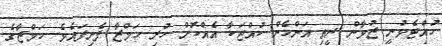
ހުއްޓެވުނީ ޒުވާން ރީތި އަންހެން ކުއްޖަކާ އެއްކޮށް ހުރި ހަމްޒާ ފެނިފައެވެ. ހަމްޒާގެ